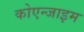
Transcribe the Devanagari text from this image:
कोएन्जाइम